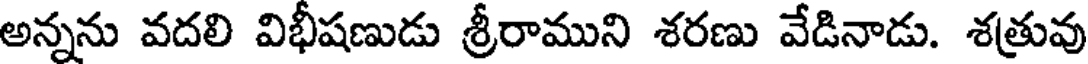
అన్నను వదలి విభీషణుడు శ్రీరాముని శరణు వేడినాడు. శత్రువు